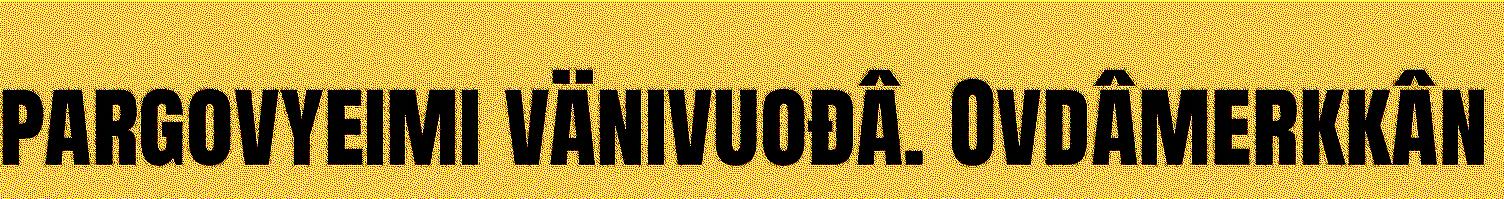
pargovyeimi vänivuođâ. Ovdâmerkkân